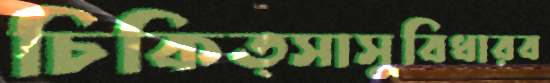
চিকিত্সাসুবিধারব